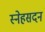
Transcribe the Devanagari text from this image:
स्नेहसदन